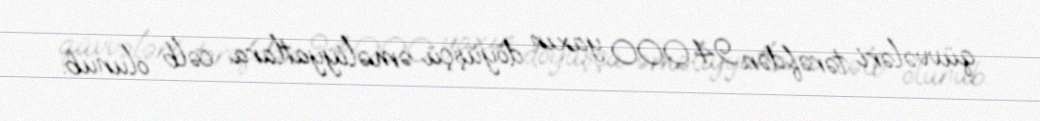
qüvvələri tərəfdən 94.000 yaxın döyüşçü əməliyyatlara cəlb olunub.